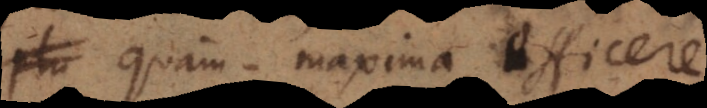
quam maxima efficere